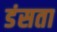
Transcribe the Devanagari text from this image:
डंसता